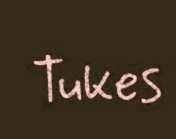
Tukes